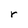
Character: r